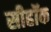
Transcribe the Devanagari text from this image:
सीहॉक